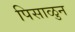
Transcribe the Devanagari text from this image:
पिसाळुन